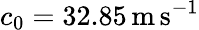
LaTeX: c_{0}=32.85\mathrm{\, m\, s^{-1}}